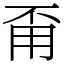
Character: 甭